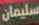
سليمان